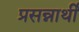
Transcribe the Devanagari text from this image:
प्रसन्नार्थी